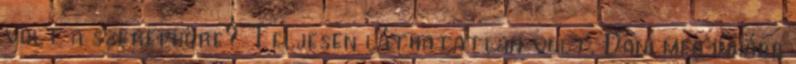
volt a szerepköre? Teljesen láthatatlan volt. Dani meg inkább